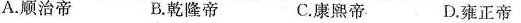
A.顺治帝 B.乾隆帝 C.康熙帝 D.雍正帝